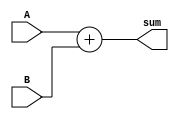
`timescale 1ns / 1ps
//////////////////////////////////////////////////////////////////////////////////
// Company: Penn State Univeristy 
// 
// Design Name: 
// Module Name: adder
// 
//////////////////////////////////////////////////////////////////////////////////

module adder (
    input [31:0] A,
    input [31:0] B,
    output [31:0] sum);
    
    assign sum = A + B;
    
endmodule